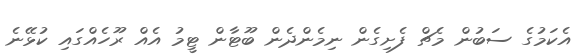
އެކަމުގެ ސަބުން މެޗް ފެށިގެން ނިމެންދެން ބޫޓާން ޓީމު އެއް ރޫހެއްގައި ކުޅޭނެ